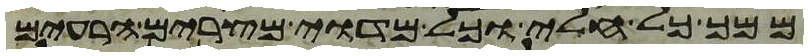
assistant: ממך כל חלי וכל מדוי מצרים הרעים